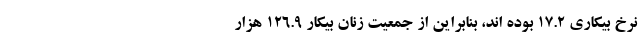
نرخ بیکاری ۱۷.۲ بوده اند، بنابراین از جمعیت زنان بیکار ۱۲۶.۹ هزار